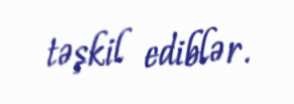
təşkil ediblər.